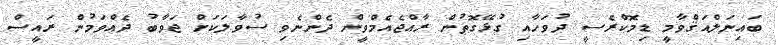
ބައިނަލްއަޤްވާމީ ޑިމޮކްރެސީ ދުވަހާއި ގުޅޭގޮތުން ރާއްޖެއެމްވީން ދެންނެވި ސުވާލަކަށް ޖަވާބު ދެއްވަމުން ރައީސް